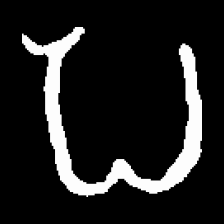
Pyu character \u2014 Myanmar letter: ပ (romanized: pa)